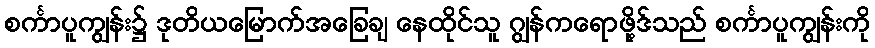
စင်္ကာပူကျွန်း၌ ဒုတိယမြောက်အခြေချ နေထိုင်သူ ဂျွန်ကရောဖို့ဒ်သည် စင်္ကာပူကျွန်းကို